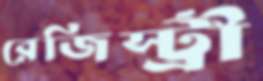
রেজিস্ট্রী